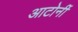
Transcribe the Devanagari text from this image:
आटोर्नी